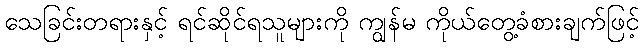
သေခြင်းတရားနှင့် ရင်ဆိုင်ရသူများကို ကျွန်မ ကိုယ်တွေ့ခံစားချက်ဖြင့်